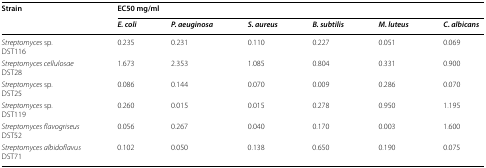
<table><thead><tr><td rowspan="2"><b>Strain</b></td><td colspan="6"><b>EC50 mg/ml</b></td></tr><tr><td><b><i>E. coli</i></b></td><td><b><i>P. aeuginosa</i></b></td><td><b><i>S. aureus</i></b></td><td><b><i>B. subtilis</i></b></td><td><b><i>M. luteus</i></b></td><td><b><i>C. albicans</i></b></td></tr></thead><tbody><tr><td><i>Streptomyces</i> sp.DST116</td><td>0.235</td><td>0.231</td><td>0.110</td><td>0.227</td><td>0.051</td><td>0.069</td></tr><tr><td><i>Streptomyces cellulosae</i>DST28</td><td>1.673</td><td>2.353</td><td>1.085</td><td>0.804</td><td>0.331</td><td>0.900</td></tr><tr><td><i>Streptomyces</i> sp.DST25</td><td>0.086</td><td>0.144</td><td>0.070</td><td>0.009</td><td>0.286</td><td>0.070</td></tr><tr><td><i>Streptomyces</i> sp.DST119</td><td>0.260</td><td>0.015</td><td>0.015</td><td>0.278</td><td>0.950</td><td>1.195</td></tr><tr><td><i>Streptomyces flavogriseus</i>DST52</td><td>0.056</td><td>0.267</td><td>0.040</td><td>0.170</td><td>0.003</td><td>1.600</td></tr><tr><td><i>Streptomyces albidoflavus</i>DST71</td><td>0.102</td><td>0.050</td><td>0.138</td><td>0.650</td><td>0.190</td><td>0.075</td></tr></tbody></table>